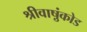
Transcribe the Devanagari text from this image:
श्रीवाष़ुंकोड